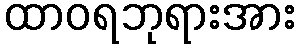
ထာဝရဘုရားအား